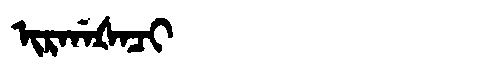
Manchu: ᡳᡵᡤᠠᡧᠠᠴᡳ
Romanization: IRGAŠACI